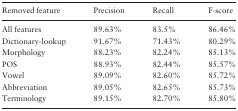
<table><thead><tr><td><b>Removed feature</b></td><td><b>Precision</b></td><td><b>Recall</b></td><td><b>F-score</b></td></tr></thead><tbody><tr><td>All features</td><td>89.63%</td><td>83.5%</td><td>86.46%</td></tr><tr><td>Dictionary-lookup</td><td>91.67%</td><td>71.43%</td><td>80.29%</td></tr><tr><td>Morphology</td><td>88.23%</td><td>82.24%</td><td>85.13%</td></tr><tr><td>POS</td><td>88.93%</td><td>82.44%</td><td>85.57%</td></tr><tr><td>Vowel</td><td>89.09%</td><td>82.60%</td><td>85.72%</td></tr><tr><td>Abbreviation</td><td>89.05%</td><td>82.65%</td><td>85.73%</td></tr><tr><td>Terminology</td><td>89.15%</td><td>82.70%</td><td>85.80%</td></tr></tbody></table>